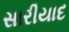
સારીયાદ